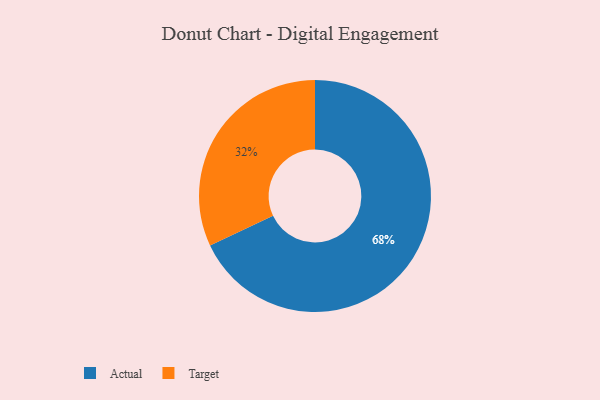
{"axis": {"x": "Category", "y": "Percentage"}, "legend": ["Actual", "Target"], "data": [{"x": "Target", "y": 32, "type": "Target"}, {"x": "Actual", "y": 68, "type": "Actual"}]}